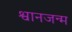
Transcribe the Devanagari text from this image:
श्वानजन्म